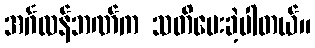
အင်္ဂလန်ဘဏ်က သတိပေးခဲ့ပါတယ်။